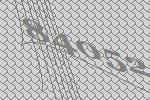
84052